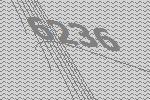
6236